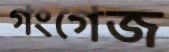
গংগেজ